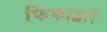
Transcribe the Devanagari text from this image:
फिफाद्वारे